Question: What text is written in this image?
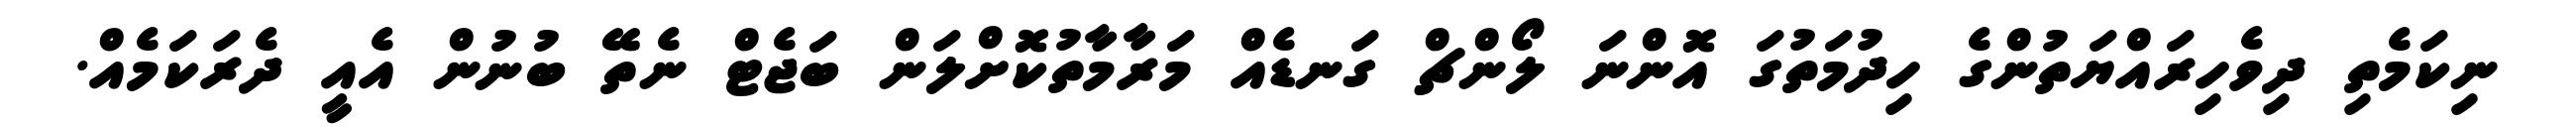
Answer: ނިކަމެތި ދިވެހިރައްޔަތުންގެ ހިދުމަތުގަ އޮންނަ ލޯންޗް ގަނޑެއް މަރާމާތުކޮށްލަން ބަޖެޓް ނެތޭ ބުނުން އެއީ ދެރަކަމެއް.